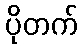
ပိုတက်